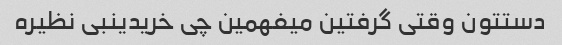
دستتون وقتی گرفتین میفهمین چی خریدینبی نظیره